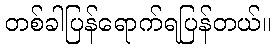
တစ်ခါပြန်ရောက်ရပြန်တယ်။